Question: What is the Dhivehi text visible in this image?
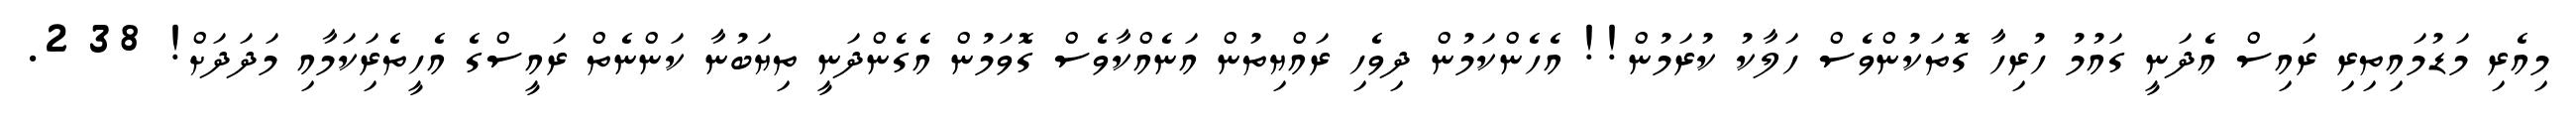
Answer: މިއެރި މަޑުމައިތިރި ރައިސް އެދަނީ ގައުމު ހުރިހާ ގޮތަކުންވެސް ހަލާކު ކުރަމުން!! އެހެންކަމުން ދިވެހި ރައްޔިތުން އަނެއްކާވެސް ގޮވަމުން އެގެންދަނީ ތިޔަބުނާ ކަންނެތް ރައީސްގެ އެހީތެރިަކަމާއި މަދަދަށް! 38 2.